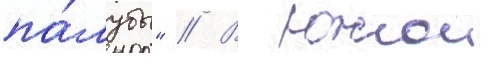
па́лубы" // В южнои